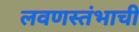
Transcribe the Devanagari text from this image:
लवणस्तंभाची